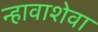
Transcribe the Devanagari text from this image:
न्हावाशेवा